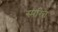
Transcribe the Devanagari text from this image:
स्मरित